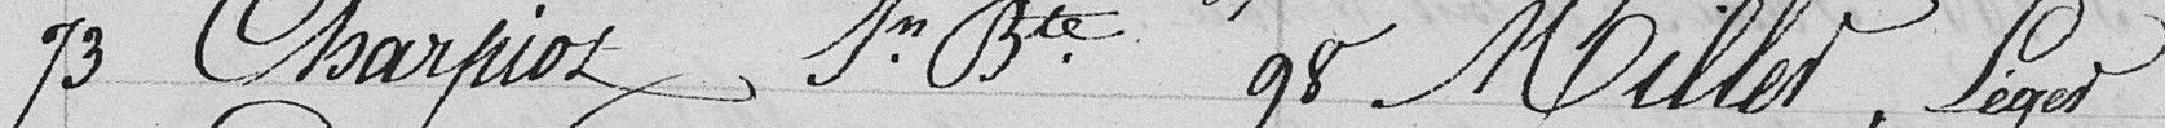
73 Charpiot, In Bte 98 Millet, Léger